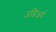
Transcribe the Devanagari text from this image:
अल्जिअर्स